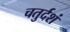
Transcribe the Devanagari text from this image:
चतुर्दशं